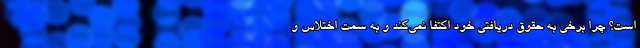
است؟ چرا برخی به حقوق دریافتی خود اکتفا نمی‌کند و به سمت اختلاس و